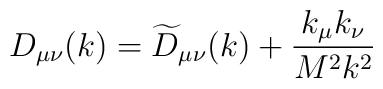
D_{\mu \nu }(k)=\widetilde{D}_{\mu \nu }(k)+\frac{k_\mu k_\nu }{M^2k^2}